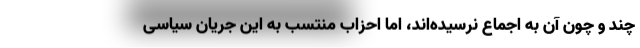
چند و چون آن به اجماع نرسیده‌اند، اما احزاب منتسب به این جریان سیاسی